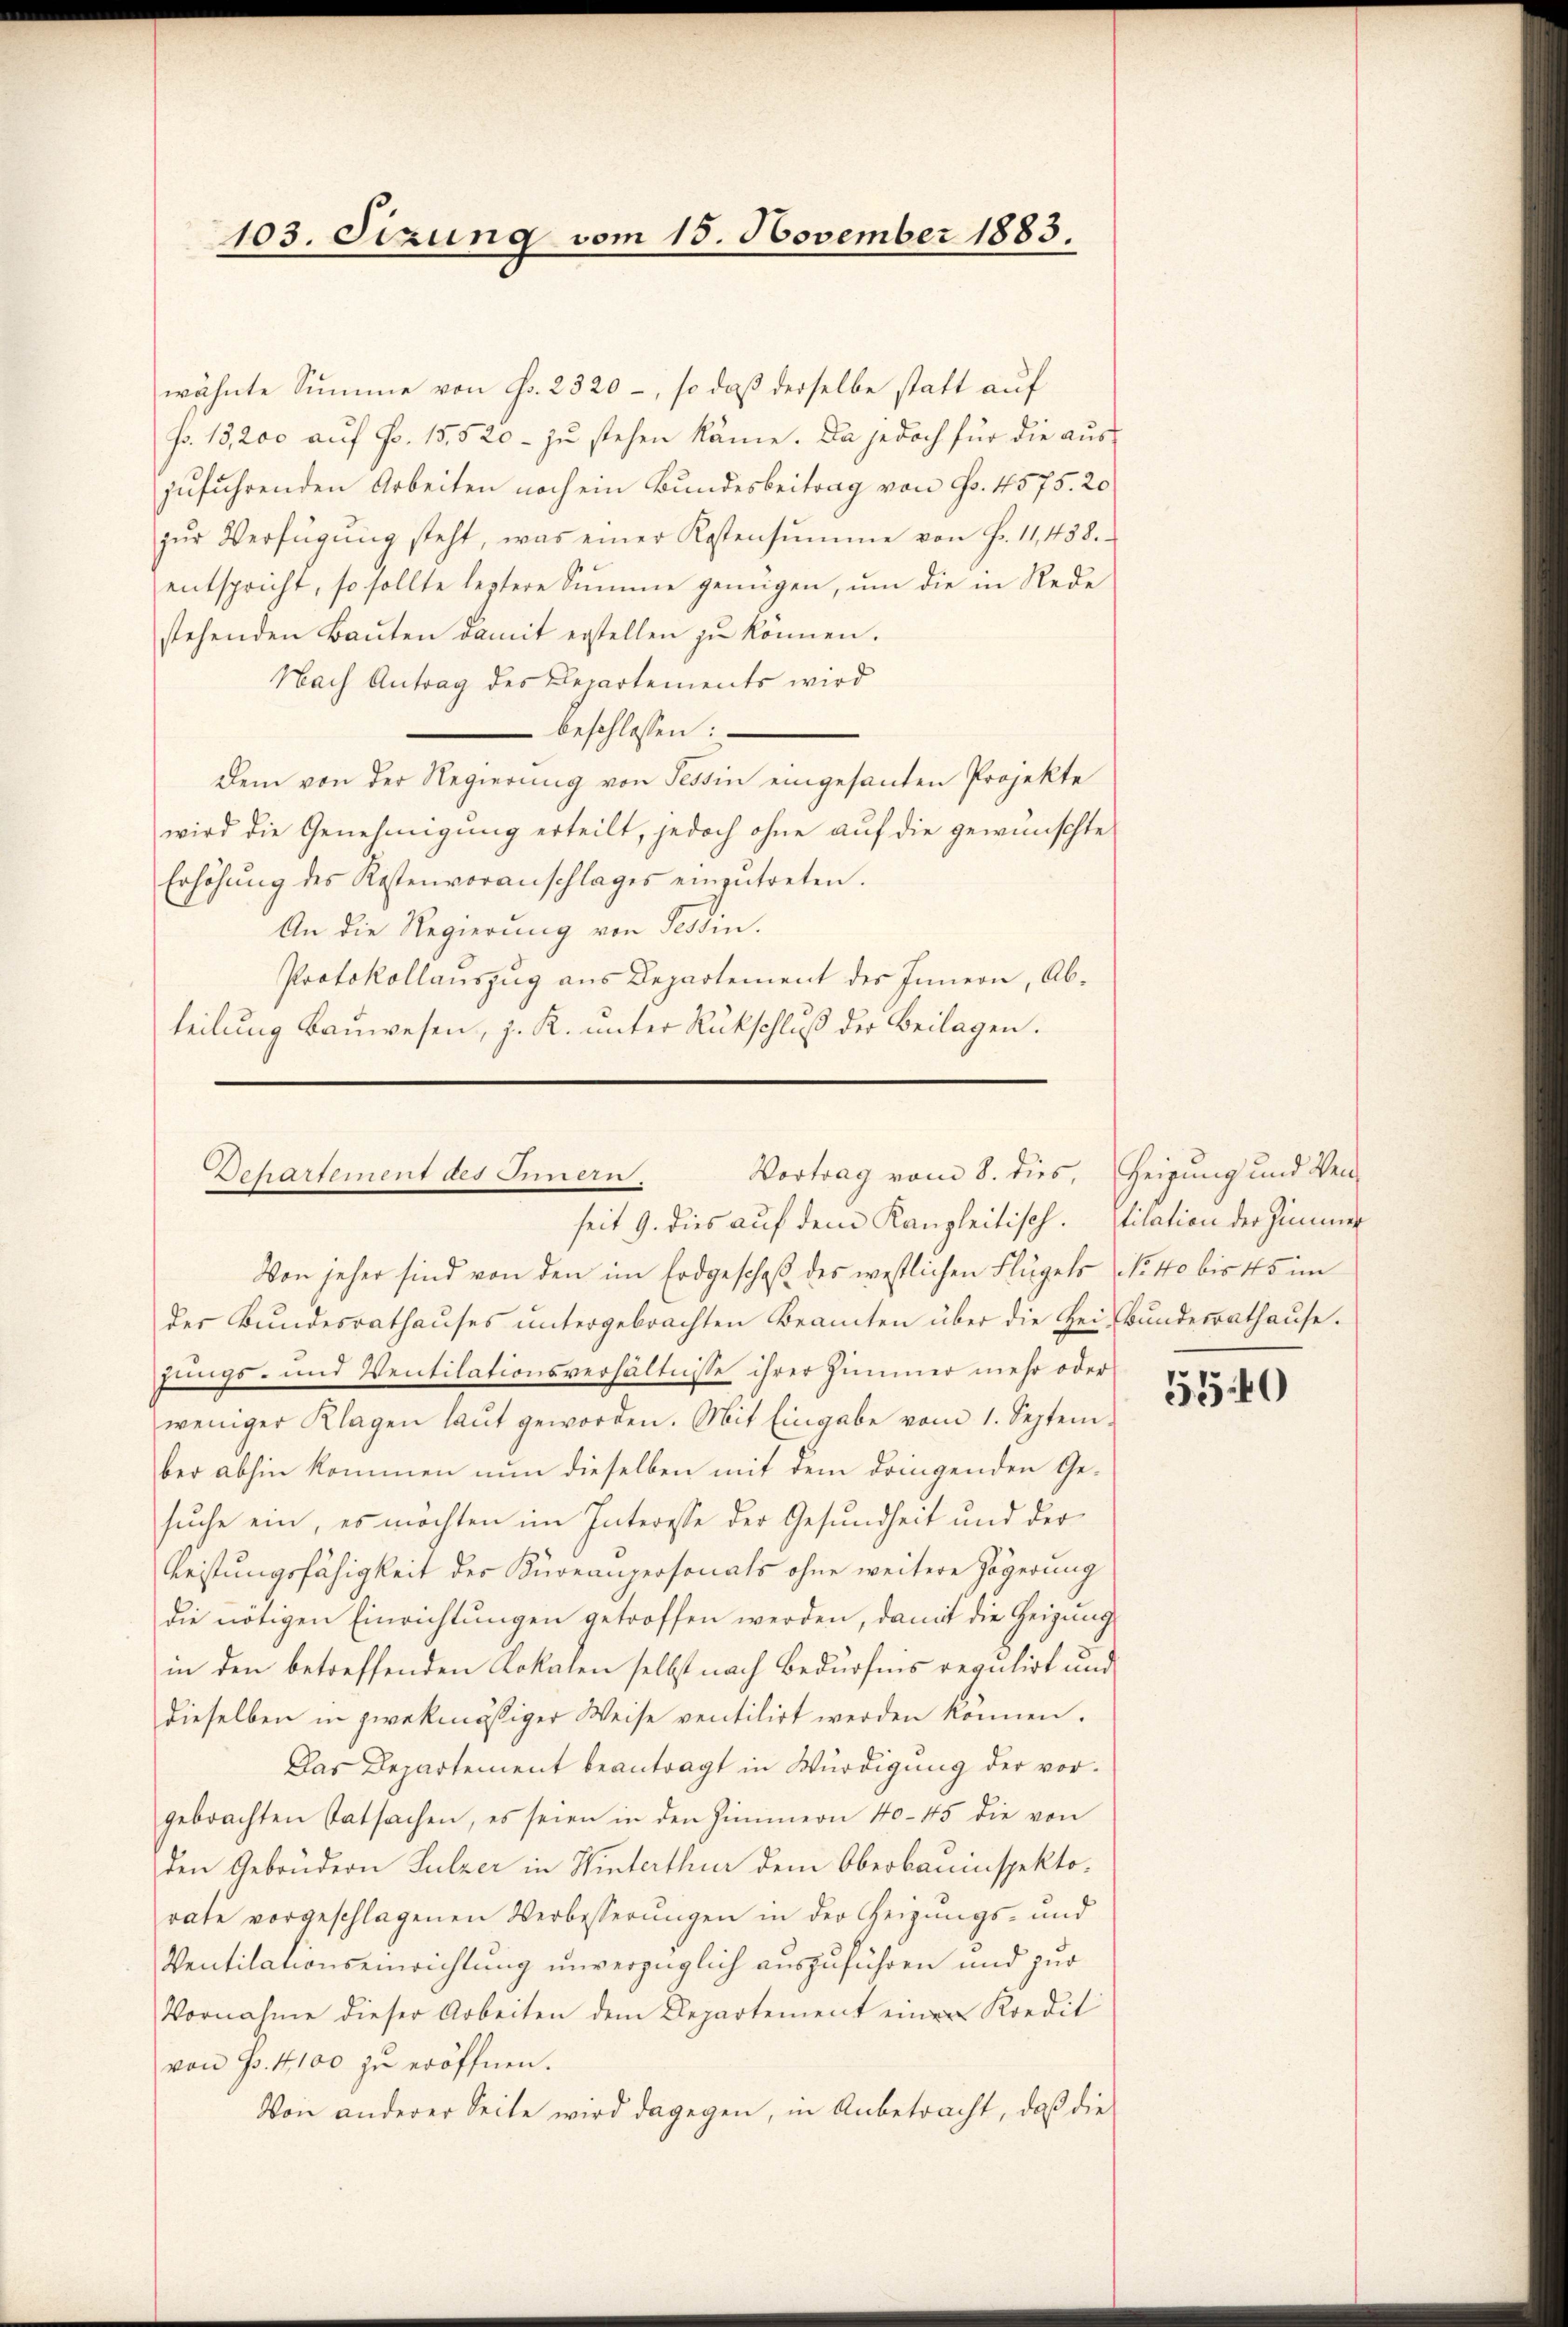
103. Sizung vom 15. November 1883.

wähnte Summe von Fr. 2320 –, so daß derselbe statt auf
so. 13,200 auf Fr. 15,520 - zu stehen käme. Da jedoch für die auszuführenden Arbeiten noch ein Bundesbeitrag von Fr. 4575. 20
zŭr Verfügŭng steht, was einer Kostensŭmme von Fr. 11, 458.
entspricht, so sollte leztere Summe genügen, ŭm die in Rede
stehenden Baŭten damit erstellen zŭ können.
Nach Antrag des Departements wird
beschlossen:
Dem von der Regierŭng von Tessin eingesanten Projekte
wird die Genehmigung erteilt, jedoch ohne auf die gewünschte
Erhöhŭng des Kostenvoranschlages einzŭtreten.
An die Regierung von Tessin.
Protokollauszug aus Departement des Innern, Abteilung Bauwesen, z. R. unter Rückschluß der Beilagen.

Vortrag vom 8. dies, zeigung und Ver¬
Bchartement des nulen,
seit 9. dies auf dem Kanzleitisch. Vitation der Zimmer

Von jeher sind von den im Erdgeschaft des westlichen Flügels No 40 bis 45 im
der Bundesrathauses untergebrachten Beamten über die Zei-Bundesrathause.
jungs- und Ventilationsverhältnisse ihrer Zimmer mehr oder
weniger Klagen laŭt geworden. Mit Eingabe vom 1. Septem-
ber abhin kommen nun dieselben mit dem dringenden Gesuche ein, es möchten im Interesse der Gesundheit und der
Leistungsfähigkeit des Kuonanzersonals ohne weitere Zögerung
die nötigen Einrichtungen getroffen werden, damit die Heizung
in den betreffenden Lokalen selbst nach Bedürfnis regulirt und
dieselben in zwekmässiger Weise ventilirt werden können.
Das Departement beantragt in Würdigung der vorgebrachten Tatsachen, es seien in den Zimmern 40-45 die von
den Gebrüdern Sulzer in Hinterthur dem Oberbauinspektorate vorgeschlagenen Verbesserungen in der Heizungs- und
Ventilationseinrichtung unverzüglich auszuführen und zur
Vornahme dieser Arbeiten dem Departement einer Kredit
von P. 4100 zu eröffnen.
Von anderer Seite wird dagegen, in Anbetracht, daß die

5540